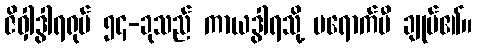
ဇိဝှါဒွါရရုပ် ၅၄-ခုသည် ကာယဒွါရသို့ မရောက်မီ ချုပ်၏။